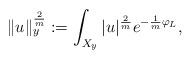
LaTeX: \begin{align*}\Vert u\Vert^{\frac{2}{m}}_y:= \int_{X_y}\vert u\vert^{\frac{2}{m}}e^{-\frac{1}{m}\varphi_L},\end{align*}